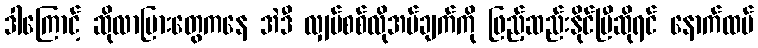
ဒါကြောင့် ဆိုလာပြားတွေကနေ အဲဒီ လျှပ်စစ်လိုအပ်ချက်ကို ဖြည့်ဆည်းနိုင်ပြီဆိုရင် နောက်ထပ်